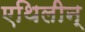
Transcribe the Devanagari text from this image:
एथिलीन्‌